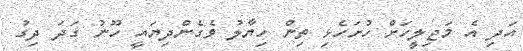
އަދި އެ މަޖިލީހަށް ހުށަހެޅި ތިން ހިޔާލު ވެގެންދިޔައީ ހޫނު ގަދަ ދިގު